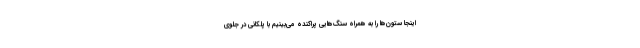
اینجا ستون‌ها را به همراه سنگ‌هایی پراکنده می‌بینیم با پلکانی در جلوی